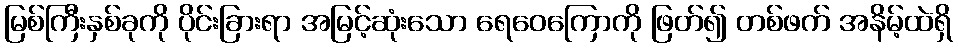
မြစ်ကြီးနှစ်ခုကို ပိုင်းခြားရာ အမြင့်ဆုံးသော ရေဝေကြောကို ဖြတ်၍ တစ်ဖက် အနိမ့်ထဲရှိ